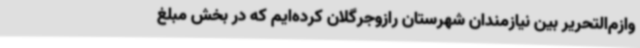
وازم‌التحریر بین نیازمندان شهرستان رازوجرگلان کرده‌ایم که در بخش مبلغ